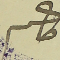
حاكم